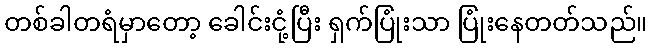
တစ်ခါတရံမှာတော့ ခေါင်းငုံ့ပြီး ရှက်ပြုံးသာ ပြုံးနေတတ်သည်။